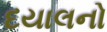
દયાલનો